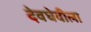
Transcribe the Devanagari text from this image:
देवघेवीला